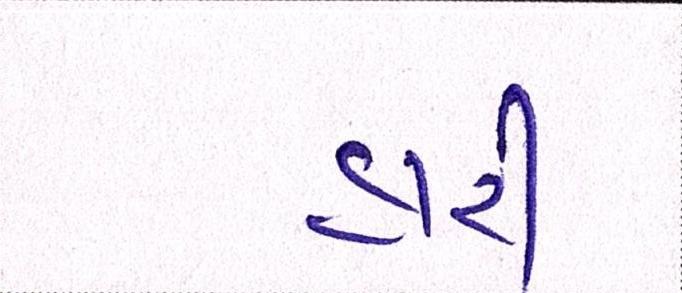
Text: હારી